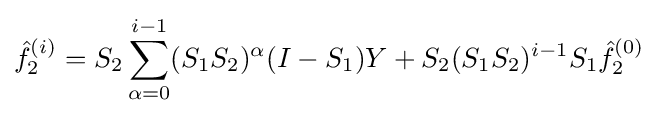
{\hat {f}}_{2}^{(i)}=S_{2}\sum _{\alpha =0}^{i-1}(S_{1}S_{2})^{\alpha }(I-S_{1})Y+S_{2}(S_{1}S_{2})^{i-1}S_{1}{\hat {f}}_{2}^{(0)}